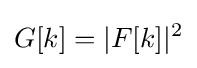
G[k]=|F[k]|^{2}